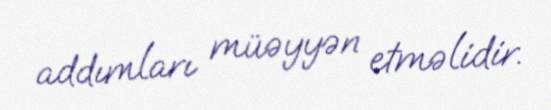
addımları müəyyən etməlidir.